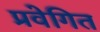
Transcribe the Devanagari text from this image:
प्रवेगित